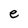
Character: e